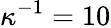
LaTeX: \kappa^{-1}=10